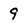
Character: 9